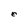
Character: e